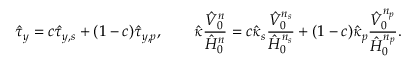
\hat { \tau } _ { y } = c \hat { \tau } _ { y , s } + ( 1 - c ) \hat { \tau } _ { y , p } , ~ ~ ~ ~ ~ ~ \hat { \kappa } \frac { \hat { V } _ { 0 } ^ { n } } { \hat { H } _ { 0 } ^ { n } } = c \hat { \kappa } _ { s } \frac { \hat { V } _ { 0 } ^ { n _ { s } } } { \hat { H } _ { 0 } ^ { n _ { s } } } + ( 1 - c ) \hat { \kappa } _ { p } \frac { \hat { V } _ { 0 } ^ { n _ { p } } } { \hat { H } _ { 0 } ^ { n _ { p } } } .